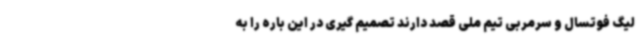
لیگ فوتسال و سرمربی تیم ملی قصد دارند تصمیم گیری در این باره را به